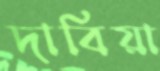
দাবিয়া